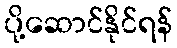
ပို့ဆောင်နိုင်ရန်